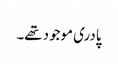
پادری موجود تھے۔